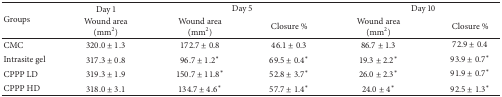
<table><thead><tr><td rowspan="2"><b>Groups</b></td><td><b>Day 1</b></td><td colspan="2"><b>Day 5</b></td><td colspan="2"><b>Day 10</b></td></tr><tr><td><b>Wound area(mm2)</b></td><td><b>Wound area (mm2)</b></td><td><b>Closure %</b></td><td><b>Wound area (mm2)</b></td><td><b>Closure %</b></td></tr></thead><tbody><tr><td>CMC</td><td>320.0 ± 1.3</td><td>172.7 ± 0.8</td><td>46.1 ± 0.3</td><td>86.7 ± 1.3</td><td>72.9 ± 0.4</td></tr><tr><td>Intrasite gel</td><td>317.3 ± 0.8</td><td>96.7 ± 1.2*</td><td>69.5 ± 0.4*</td><td>19.3 ± 2.2*</td><td>93.9 ± 0.7*</td></tr><tr><td>CPPP LD</td><td>319.3 ± 1.9</td><td>150.7 ± 11.8*</td><td>52.8 ± 3.7*</td><td>26.0 ± 2.3*</td><td>91.9 ± 0.7*</td></tr><tr><td>CPPP HD</td><td>318.0 ± 3.1</td><td>134.7 ± 4.6*</td><td>57.7 ± 1.4*</td><td>24.0 ± 4*</td><td>92.5 ± 1.3*</td></tr></tbody></table>